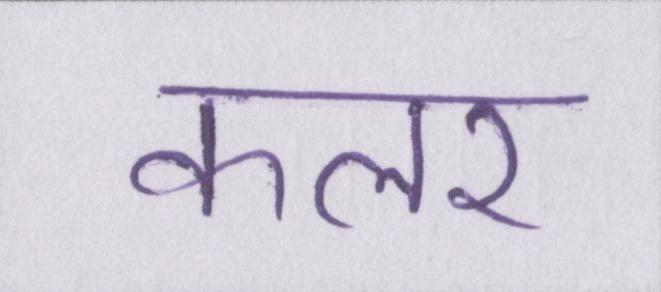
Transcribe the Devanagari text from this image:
कलर